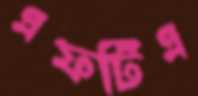
এফটিএ